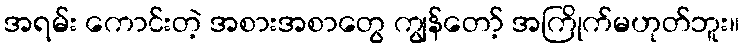
အရမ်း ကောင်းတဲ့ အစားအစာတွေ ကျွန်တော့် အကြိုက်မဟုတ်ဘူး။